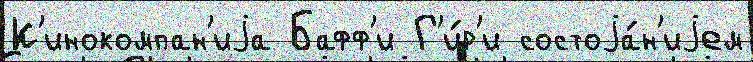
К'инокомпан'иjа Бафф'и Г'и́р'и состоjа́н'иjем